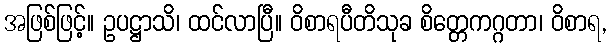
အဖြစ်ဖြင့်။ ဥပဋ္ဌာသိ၊ ထင်လာပြီ။ ဝိစာရပီတိသုခ စိတ္တေကဂ္ဂတာ၊ ဝိစာရ,